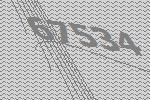
67534